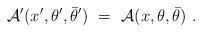
LaTeX: \begin{align*}{\cal A}'(x',\theta', \bar\theta')\ =\ {\cal A}(x, \theta, \bar\theta)\ .\end{align*}